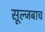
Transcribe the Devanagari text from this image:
सूल्जबाच